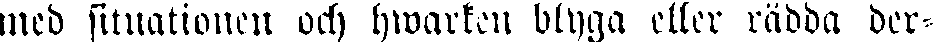
med situationen och hwarken blyga eller rädda der-